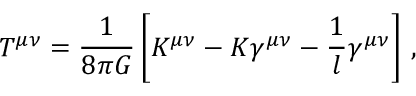
T ^ { \mu \nu } = \frac { 1 } { 8 \pi G } \left[ K ^ { \mu \nu } - K \gamma ^ { \mu \nu } - \frac 1 l \gamma ^ { \mu \nu } \right] \, ,